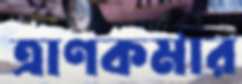
ত্রাণকর্মীর